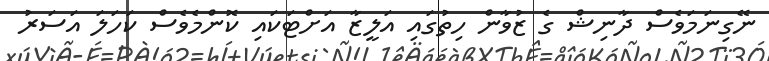
ނޭގިނަމަވެސް ދާނިޝް ގެ ޒުވާން ހިތުގައި އަލީޒާ އަށްޓަކައި ކޮންމެވެސް ކަހަލަ އަސަރު